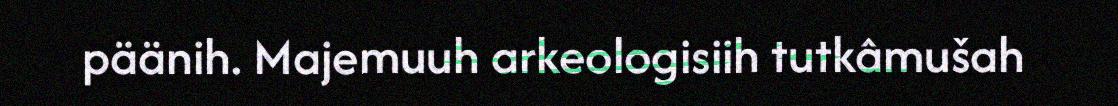
päänih. Majemuuh arkeologisiih tutkâmušah